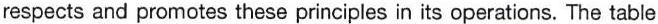
respects and promotes these principles in its operations. The table